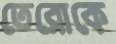
তেরোকে